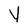
Character: y